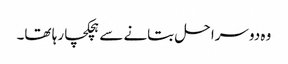
وہ دوسرا حل بتانے سے ہچکچا رہا تھا۔